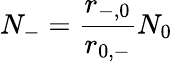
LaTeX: N_{-}=\frac{r_{-,0}}{r_{0,-}}N_{0}